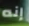
إنه